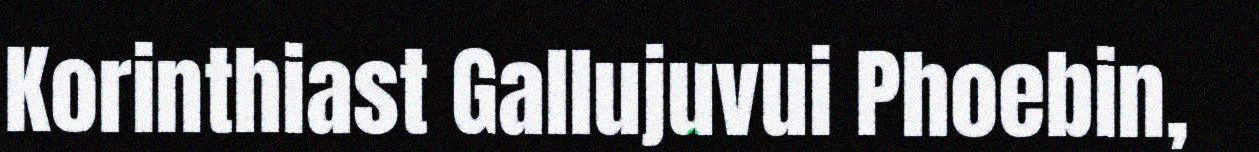
Korinthiast Gallujuvui Phoebin,